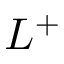
L ^ { + }